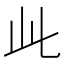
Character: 𬼘